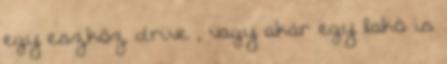
egy eszköz drive , vagy akár egy lakó is